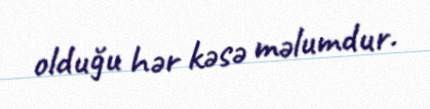
olduğu hər kəsə məlumdur.